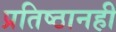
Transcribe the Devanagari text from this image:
प्रतिष्ठानही